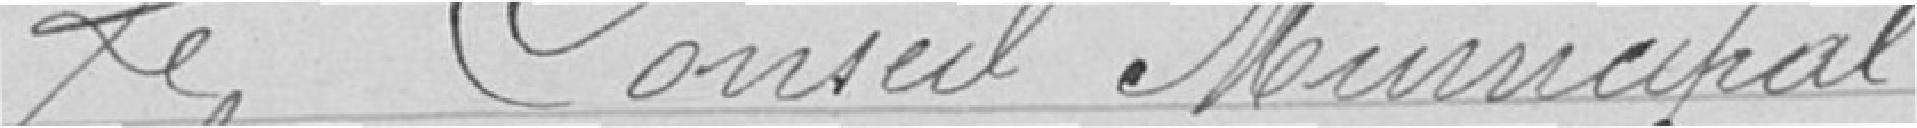
Le Conseil Municipal,